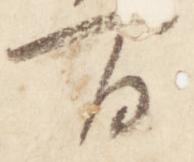
間